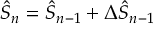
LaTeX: \hat { S } _ { n } = \hat { S } _ { n - 1 } + \Delta \hat { S } _ { n - 1 }